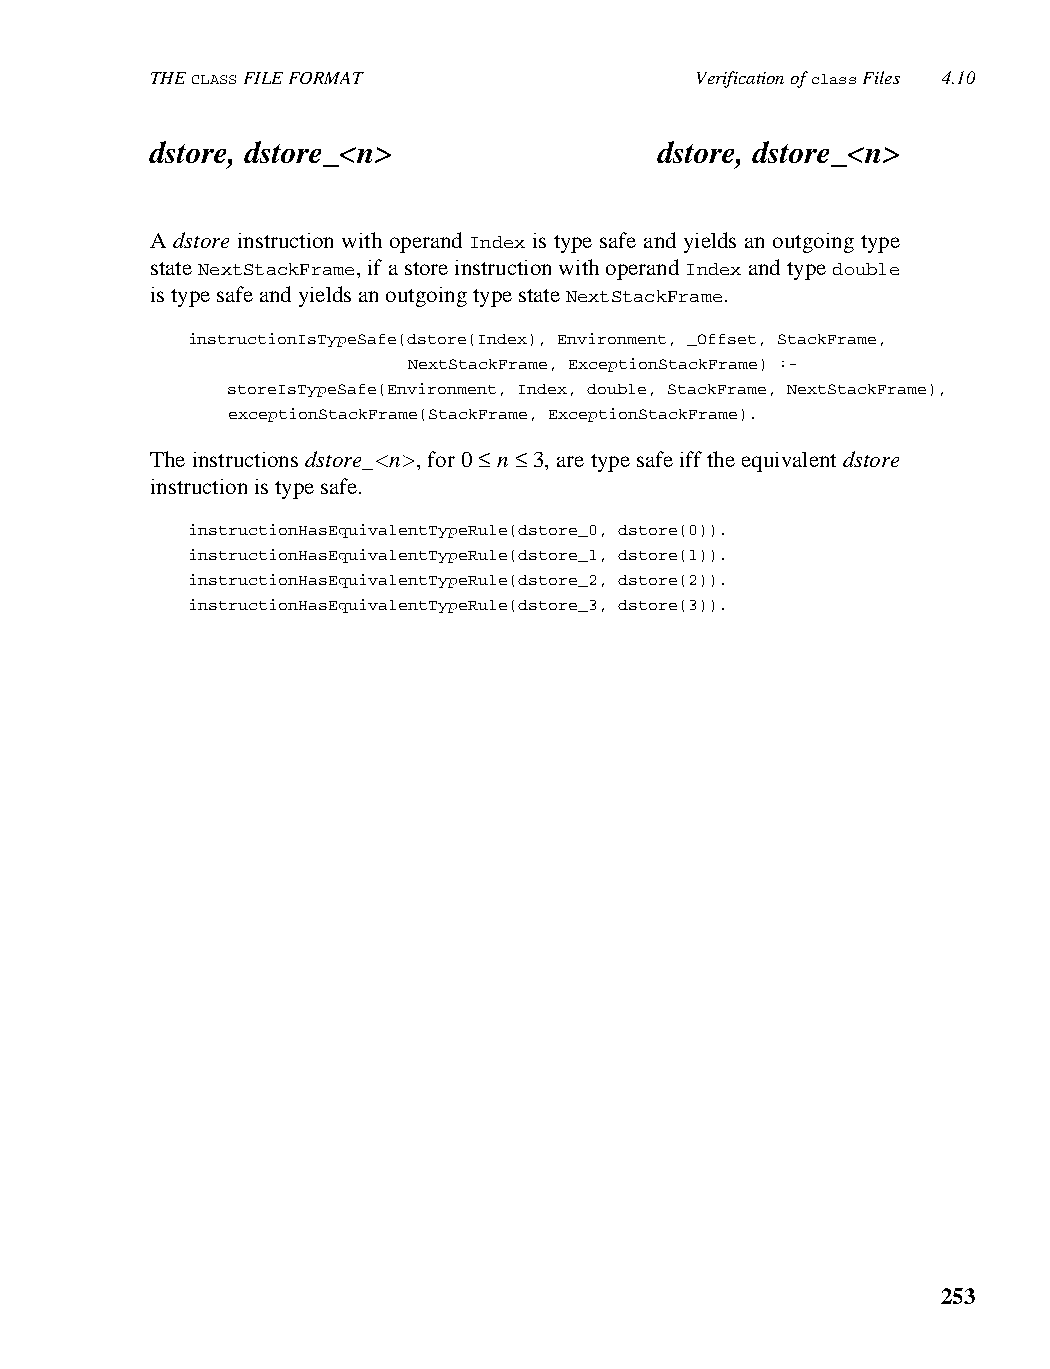
THE CLASS FILE FORMAT               Verification of class Files 4.10
 dstore, dstore_<n>                dstore, dstore_<n>
 A dstore instruction with operand Index is type safe and yields an outgoing type
 state NextStackFrame, if a store instruction with operand Index and type double
 is type safe and yields an outgoing type state NextStackFrame.
 instructionIsTypeSafe(dstore(Index), Environment, _Offset, StackFrame,
 NextStackFrame, ExceptionStackFrame) :-
 storeIsTypeSafe(Environment, Index, double, StackFrame, NextStackFrame),
 exceptionStackFrame(StackFrame, ExceptionStackFrame).
 The instructions dstore_<n>, for 0 ≤ n ≤ 3, are type safe iff the equivalent dstore
 instruction is type safe.
 instructionHasEquivalentTypeRule(dstore_0, dstore(0)).
 instructionHasEquivalentTypeRule(dstore_1, dstore(1)).
 instructionHasEquivalentTypeRule(dstore_2, dstore(2)).
 instructionHasEquivalentTypeRule(dstore_3, dstore(3)).
 253